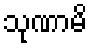
သုဏာမိ